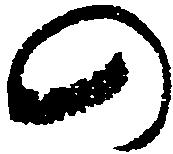
の